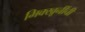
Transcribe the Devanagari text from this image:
भिक्खूनींची